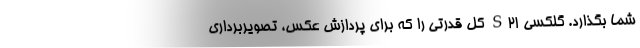
شما بگذارد. گلکسی S21 کل قدرتی را که برای پردازش عکس، تصویربرداری